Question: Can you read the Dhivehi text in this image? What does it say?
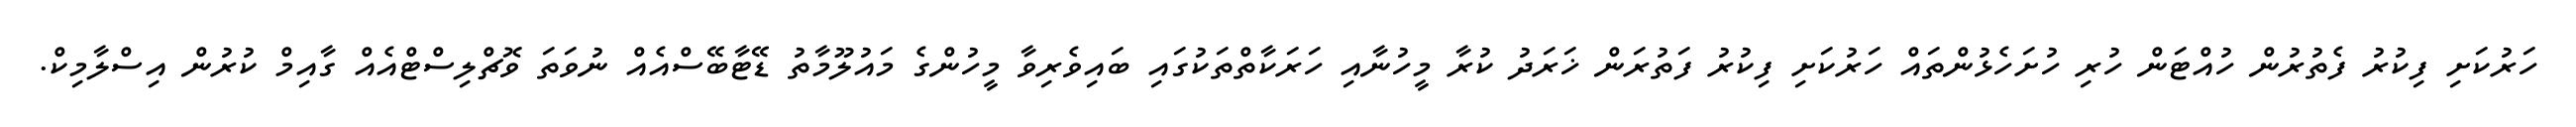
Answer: ހަރުކަށި ފިކުރު ފެތުރުން ހުއްޓަން ހުރި ހުށަހެޅުންތައް ހަރުކަށި ފިކުރު ފަތުރަން ޚަރަދު ކުރާ މީހުނާއި ހަރަކާތްތަކުގައި ބައިވެރިވާ މީހުންގެ މައުލޫމާތު ޑޭޓާބޭސްއެއް ނުވަތަ ވޮޗްލިސްޓްއެއް ގާއިމް ކުރުން އިސްލާމިކް.